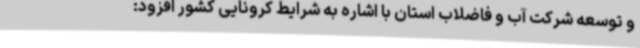
و توسعه شرکت آب و فاضلاب استان با اشاره به شرایط کرونایی کشور افزود: